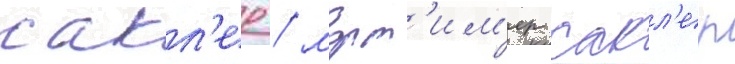
сакл'ер / морт'им'ер сакл'ер